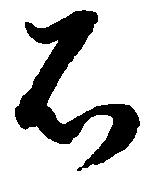
石